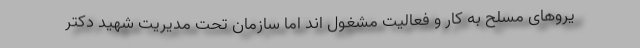
یروهای مسلح به کار و فعالیت مشغول اند اما سازمان تحت مدیریت شهید دکتر